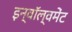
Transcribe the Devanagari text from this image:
इन्वॉल्वमेंट